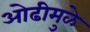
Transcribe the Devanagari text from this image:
ओढीमुळे